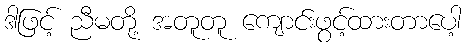
ဒါဖြင့် ညီမတို့ အတူတူ ကျောင်းဖွင့်ထားတာပေါ့